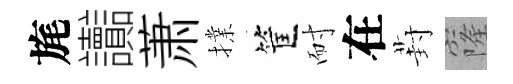
旄讟萧擈筐耐在葑窿